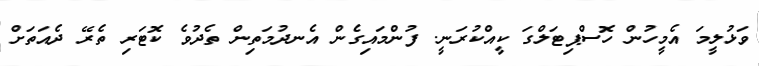
ވަޅުލީމަ އެމީހުން ހޮސްޕިޓަލްގަ ކީއްކުރަނީ. ފުންމައިގެން އެނދުމަތިން ތެދުވެ ކޮޓަރި ތެރޭ ދެއަތަށް